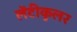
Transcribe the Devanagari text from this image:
लेंटीकुलर